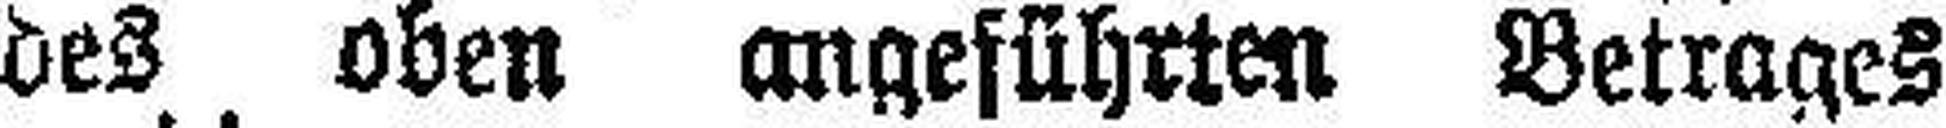
des oben angeführten Betrages